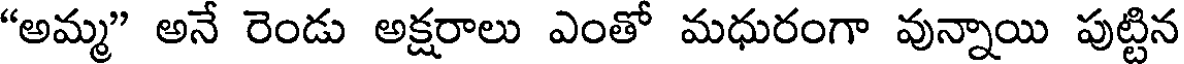
"అమ్మ" అనే రెండు అక్షరాలు ఎంతో మధురంగా వున్నాయి పుట్టిన